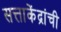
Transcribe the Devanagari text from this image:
सत्ताकेंद्रांची